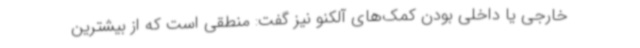
خارجی یا داخلی بودن کمک‌های آلکنو نیز گفت: منطقی است که از بیشترین